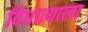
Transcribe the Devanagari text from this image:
विधात्याला